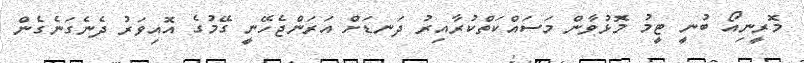
މޮރީނިއޯ ބުނީ ޓީމު މޮޅުވާން މަސައްކަތްކުރާއިރު ދަނޑަށް އަރަންޖެހޭނީ ގޭމުގެ އޮއިވަރު ދެނެގަނެގެން